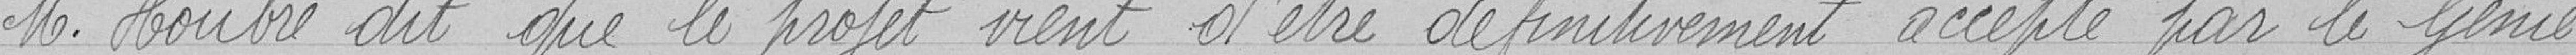
Monsieur Houbre dit que le projet vient d'être définitivement accepté par le Génie